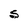
Character: S